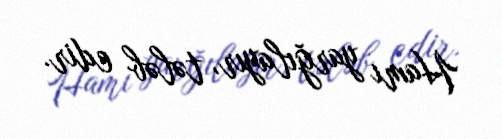
Hamı yarğılayır, tələb edir.